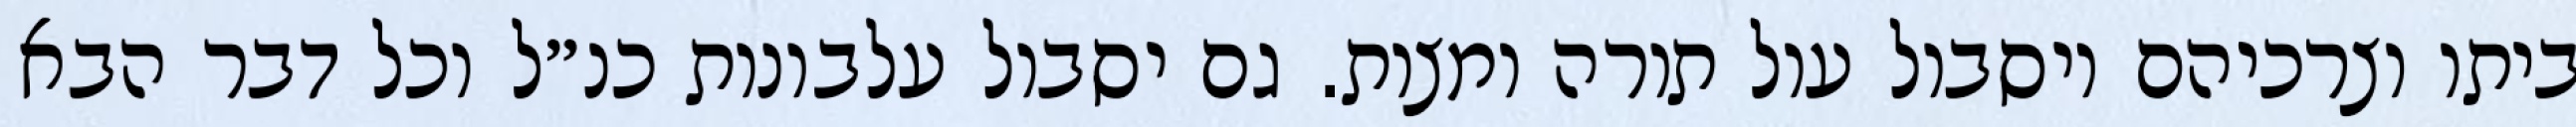
ביתו וצרכיהם ויסבול עול תורה ומצות. גם יסבול עלבונות כנ״ל וכל דבר הבא